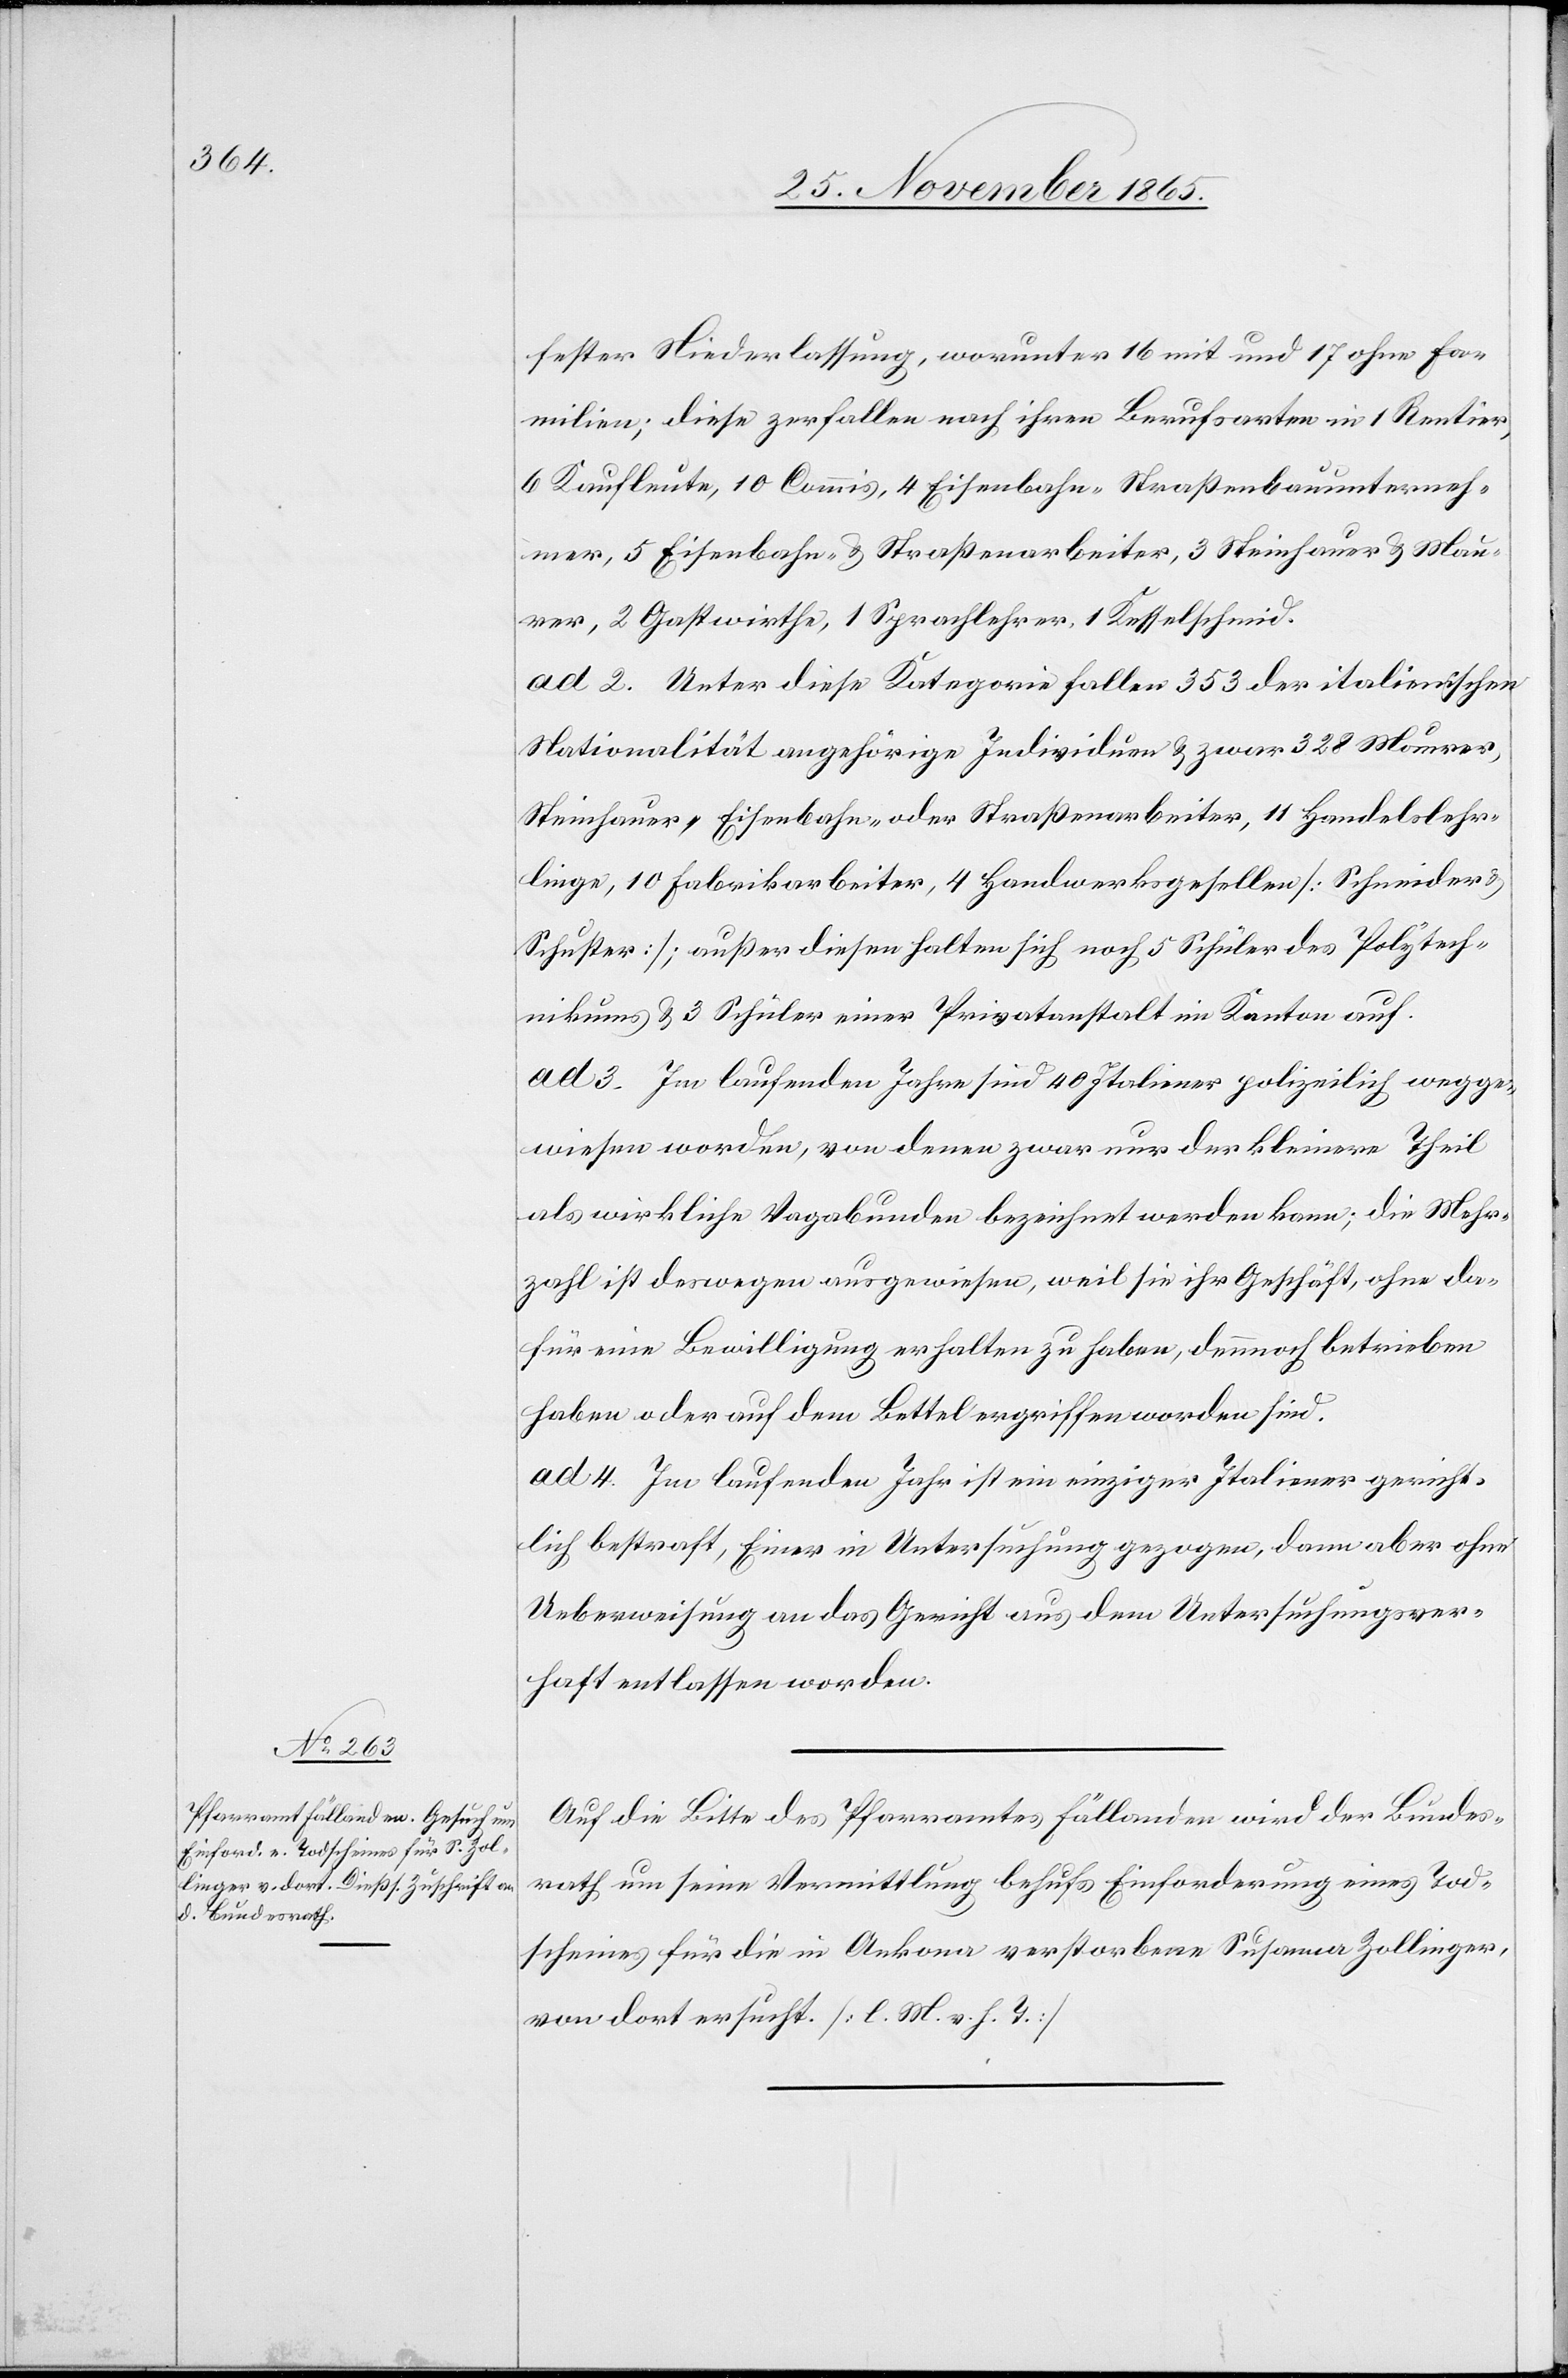
Susanna

fester Niederlassung, worunter 16 mit und 17 ohne Fa¬
milien; diese zerfallen nach ihren Berufsarten in 1 Rentier,
6 Kaufleute, 10 Commis, 4 Eisenbahn- & Straßenbauunterneh¬
mer, 5 Eisenbahn- & Straßenarbeiter, 3 Steinhauer & Mau¬
rer, 2 Gastwirthe, 1 Sprachlehrer, 1 Kesselschmid.
ad 2. Unter diese Kategorie fallen 353 der italienischen
Nationalität angehörige Individuen & zwar 328 Maurer,
Steinhauer, Eisenbahn- oder Straßenarbeiter, 11 Handelslehr¬
linge, 10 Fabrikarbeiter, 4 Handwerksgesellen [Schneider &
Schuster]; außer diesen halten sich noch 5 Schüler des Polytech¬
nikums & 3 Schüler einer Privatanstalt im Kanton auf.
ad 3. Im laufenden Jahre sind 40 Italiener polizeilich wegge¬
wiesen worden, von denen zwar nur der kleinere Theil
als wirkliche Vagabunden bezeichnet werden kann; die Mehr¬
zahl ist deswegen ausgewiesen, weil sie ihr Geschäft ohne da¬
für eine Bewilligung erhalten zu haben, dennoch betrieben
haben oder auf dem Bettel ergriffen worden sind.
ad 4. Im laufenden Jahr ist ein einziger Italiener gericht¬
lich bestraft, Einer in Untersuchung gezogen, dann aber ohne
Ueberweisung an das Gericht aus dem Untersuchungsver¬
haft entlassen worden.
Auf die Bitte des Pfarramtes Fällanden wird der Bundes¬
rath um seine Vermittlung behufs eines Todscheines für
von dort ersucht. [l. M. v. h. T.]